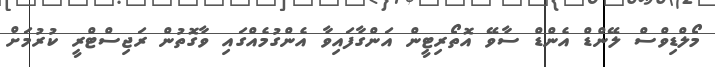
މޯލްޑިވްސް ލޭންޑް އެންޑް ސާވޭ އޮތޯރިޓީން އަންގާފައިވާ އެންގުމެއްގައި ވާގޮތުން ރަޖިސްޓްރީ ކުރުމަށް